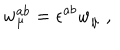
LaTeX: w _ { \mu } ^ { a b } = \epsilon ^ { a b } w _ { \mu } \; ,